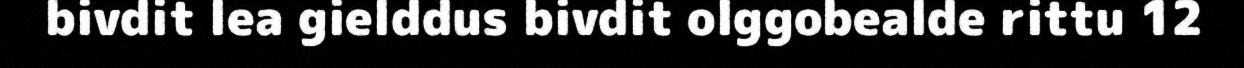
bivdit lea gielddus bivdit olggobealde rittu 12